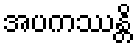
အပကဿန္တိ